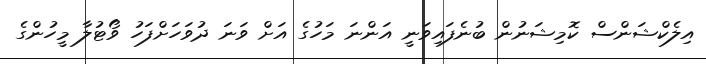
އިލެކްޝަންސް ކޮމިޝަނުން ބުނެފައިވަނީ އަންނަ މަހުގެ އަށް ވަނަ ދުވަހަށްފަހު ވޯޓުލާ މީހުންގެ